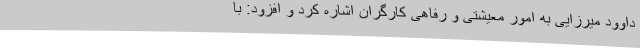
داوود میرزایی به امور معیشتی و رفاهی کارگران اشاره کرد و افزود: با